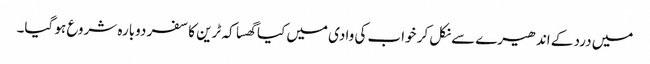
میں درد کے اندھیرے سے نکل کر خواب کی وادی میں کیا گھسا کہ ٹرین کا سفر دوبارہ شروع ہو گیا۔